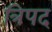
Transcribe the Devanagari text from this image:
त्रिपद